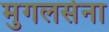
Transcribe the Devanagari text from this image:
मुगलसेना